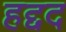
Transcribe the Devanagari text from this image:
हद्दद